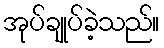
အုပ်ချုပ်ခဲ့သည်။